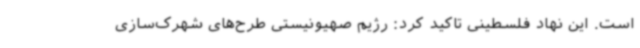
است. این نهاد فلسطینی تاکید کرد: رژیم صهیونیستی طرح‌های شهرک‌سازی